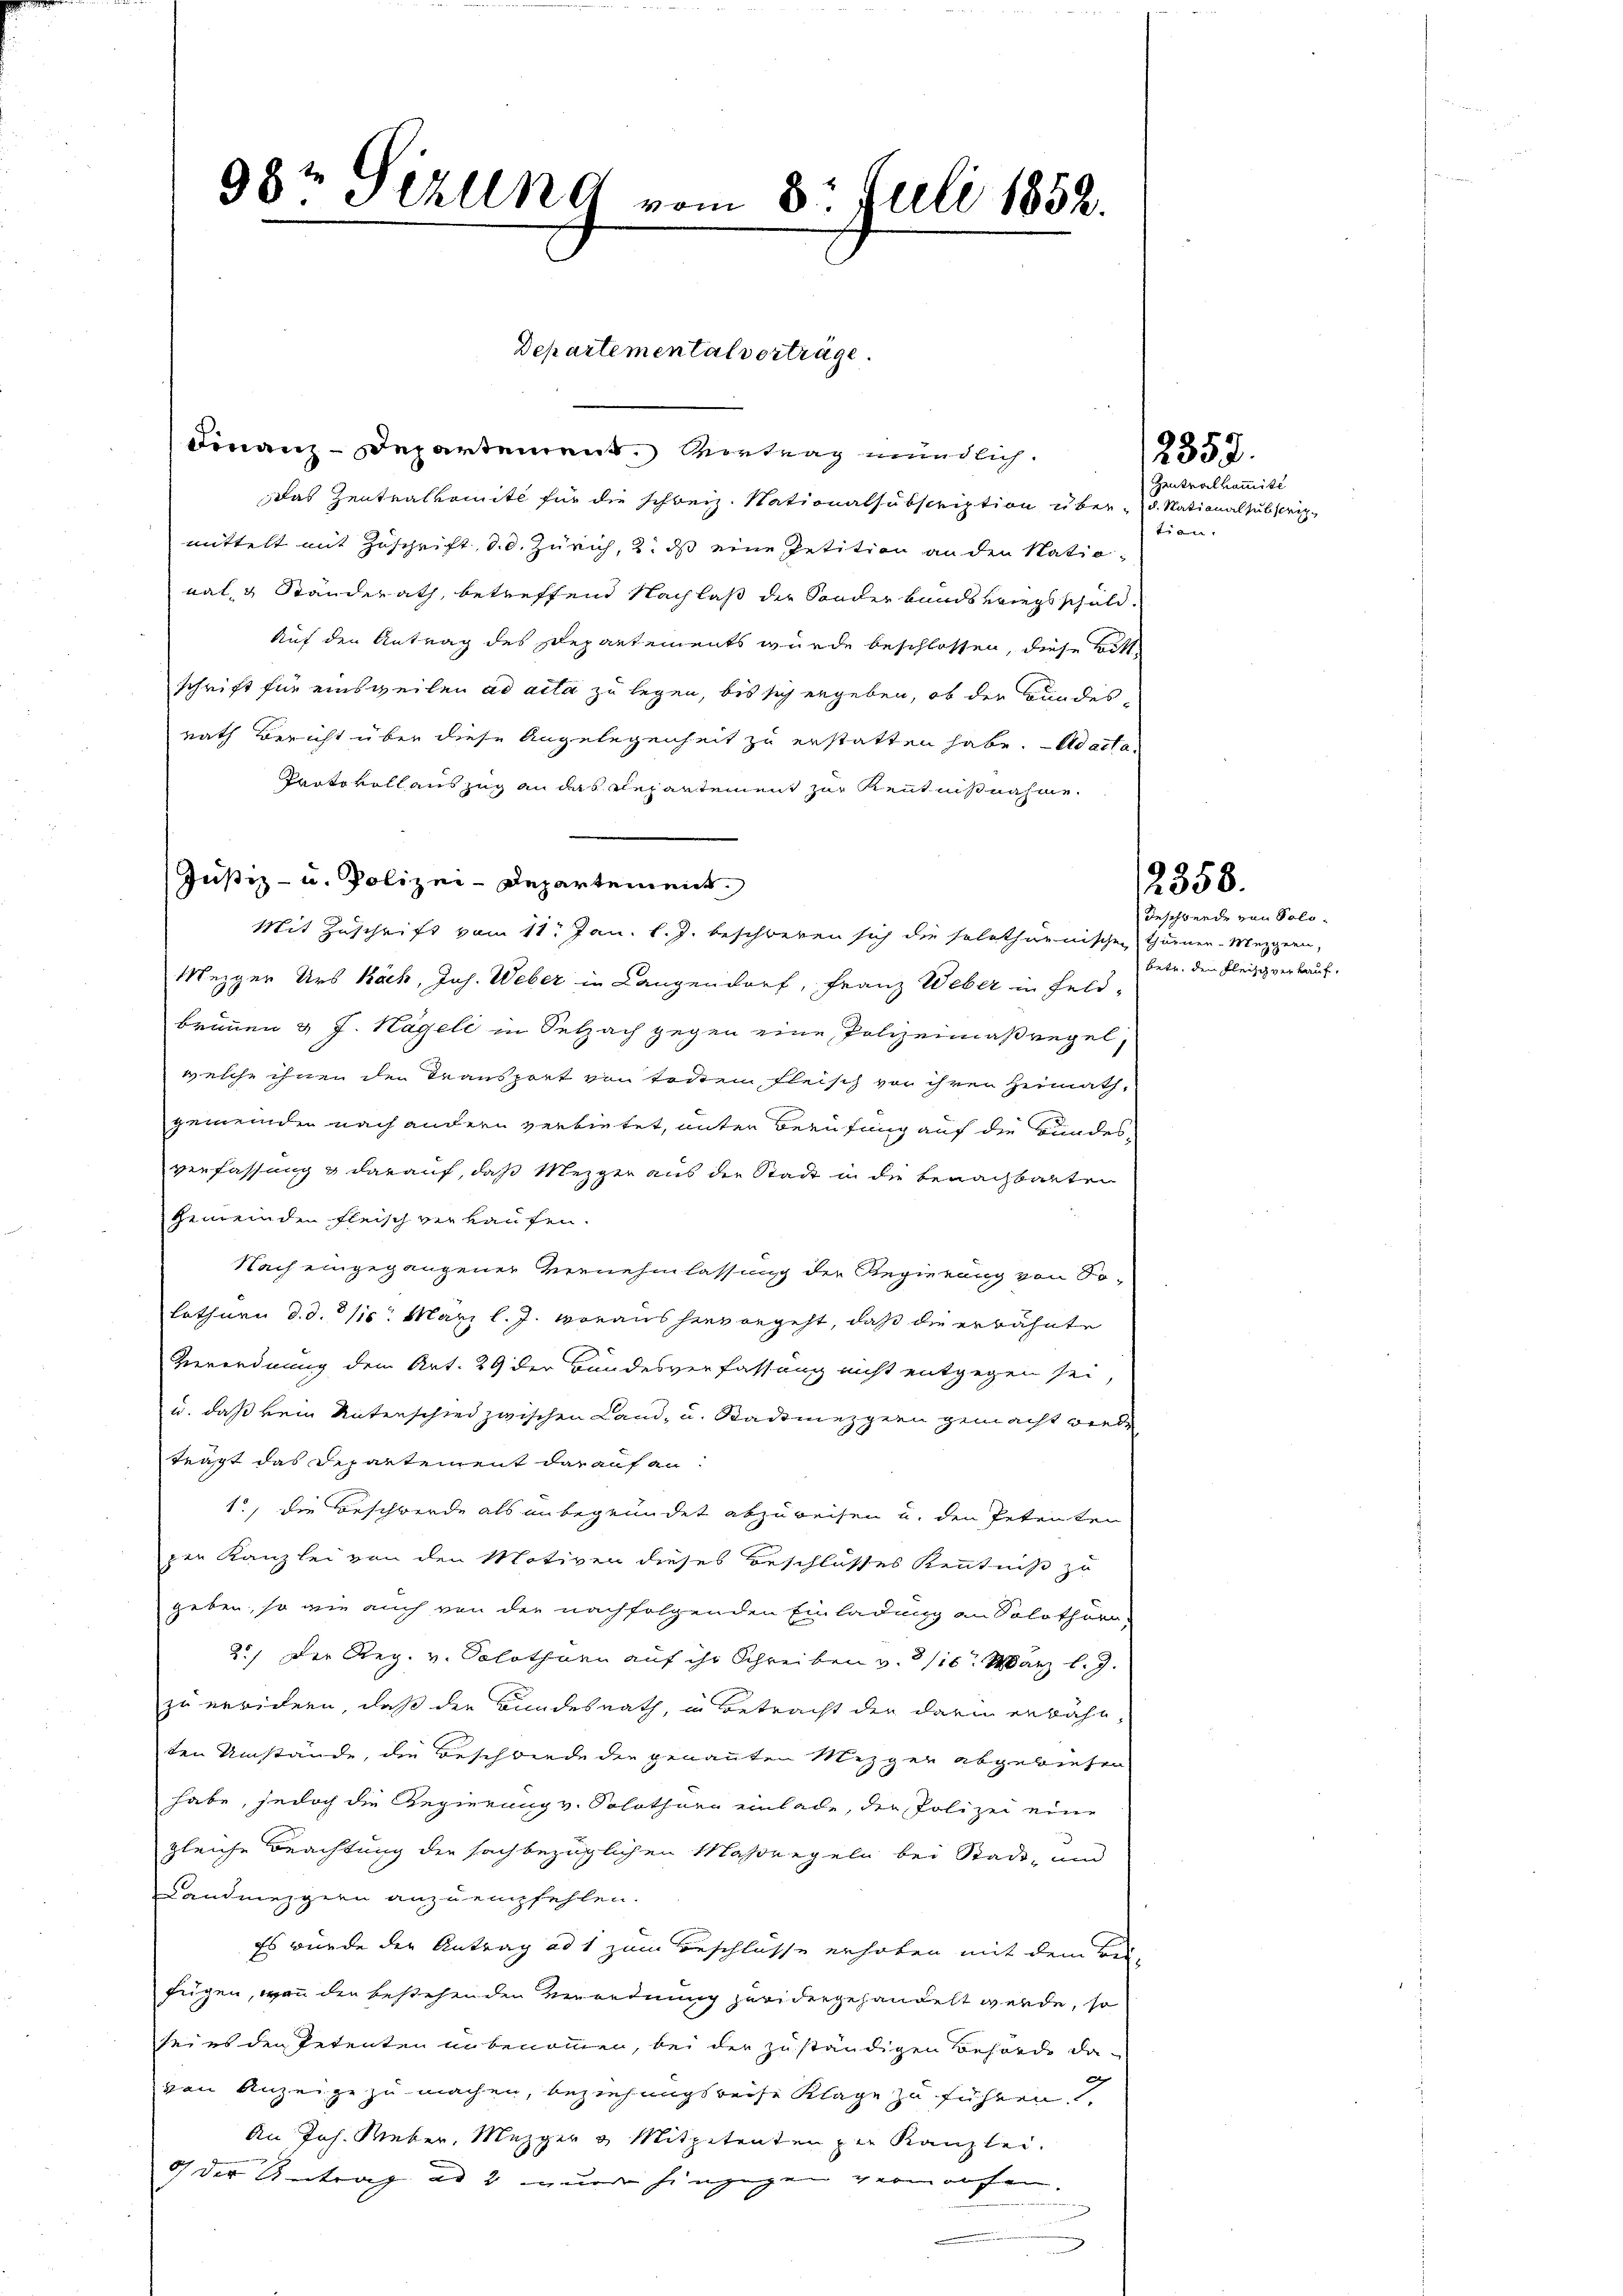
98t Sizung vom 8. Juli 1852.

Finanz-Departement. Vortrag mündlich.
Das Zentralkomite für die schweiz. Nationalsubscription über d. National subscrip-
mittelt mit Zuschrift, d. d. Zürich, 2. ds eine Petition an den National, Ständerath, betreffend Nachlaß der Sonderbandskriegsschuld.
Auf den Antrag des Departements wurde beschlossen, diese Bittschrift für einsweilen ad acta zu legen, bis sich ergeben, ob der Bundes-
rath Bericht über diese Angelegenheit zu erstatten habe. - Adacta
Paoto voll auszug an das Repartement zur Kenntnißnahme.
Mit Zuschrift vom 11. Jan. l. J. beschweren sich die solothurnischen Thurner-Mezgern,
Mezger Urs Käch, Jos. Weber in Langendorf, Franz Weber in Feld-
brunnen & J. Hageli in Selzach gegen eine Polizeimaßregel-
welche ihnen den Transport von Todten, fleisch von ihrer Heimathgemeinden nach andern verbietet, unter Berufung auf die Bundes
verfassung & darauf, daß Mezger aus der Stadt in die benachbarten
Gemeinden Fleisch verkaufen.
Nach eingegangener Vernehmlassung der Regierung von Solothurn d. d. Js. März l. J. voraus hier angeht, daß die erwähnte
Verordnung dem Art. 29 der Bundesverfassung nicht entgegen sei,
u. daß kein Unterschied zwischen Land- u. Stadtmezgern gemacht wiede
trägt das Departement darauf an:
1., die Beschwerde als unbegründet abzuweisen u. den Petenten
zen Kanzlei von den Motiven dieses Beschlusses Kenntniß zu
geben, so wie auch von der nachfolgenden Einladung an Solothur,
2.) Der Reg. v. Solothurn auf ihr Schreiben v. 3/16. März l. J.
zu erwidern, daß der Bundesrath, in Betracht der darin erwähnten Umstände, die Beschiede der genannten Mezger abgewiesen
habe, jedoch die Regierung v. Solothurn einlade, der Polizei eine
gleiche Beachtung der sachbezüglichen Massregeln bei Stadt- und
Landmezgern anzuempfehlen.
Es wurde der Antrag ad 1 zum Beschlüsse erhoben mit dem Bie-
fügen, wenn den bestehenden Verordnung zur dergehandelt werde, so
seies der Petenten in benommen, bei der zuständigen Behörde davon Anzeige zu machen, beziehungsweise Klage zu führen.
An Joh. Weber, Mezger & Mitpetenten zur Kanzlei.
9 der Antrag ad 2 innere hingegen vermachen.

Justiz- u. Polizei-Departement.

Departemental vorträge.

2353.

Zentralkommißi
tion.

2358.

Beschwerde von Solobete, den Fleisch verkauf,